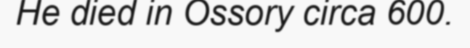
He died in Ossory circa 600.